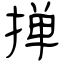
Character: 掸